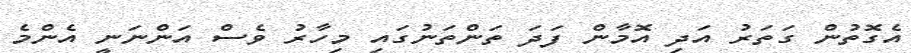
އެގޮތުން ގަތަރު އަދި އޮމާން ފަދަ ތަންތަނުގައި މިހާރު ވެސް އަންނަނީ އެންމެ